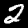
Digit: 2